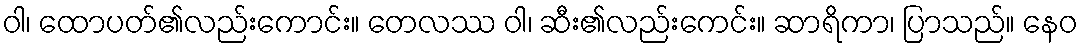
ဝါ၊ ထောပတ်၏လည်းကောင်း။ တေလဿ ဝါ၊ ဆီး၏လည်းကေင်း။ ဆာရိကာ၊ ပြာသည်။ နေဝ